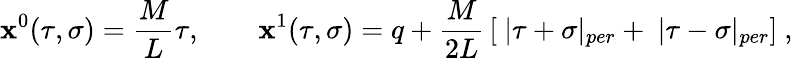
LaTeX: \mathbf{x}^{0}(\tau,\sigma)=\frac{M}{L}\tau,\quad\quad\mathbf{x}^{1}(\tau,\sigma)=q+\frac{M}{{2L}}\, [\ |\tau+\sigma|_{per}+\ |\tau-\sigma|_{per}]\ ,